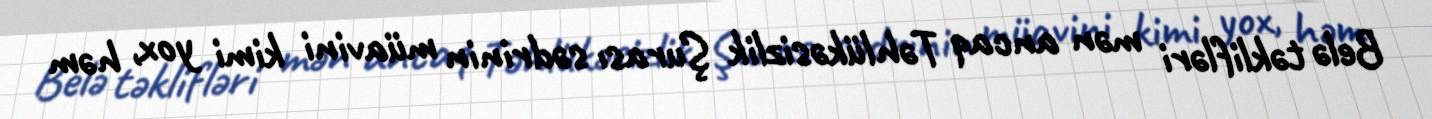
Belə təklifləri mən ancaq Təhlükəsizlik Şurası sədrinin müavini kimi yox, həm